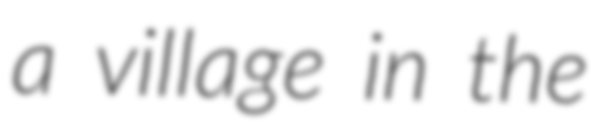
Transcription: a village in the